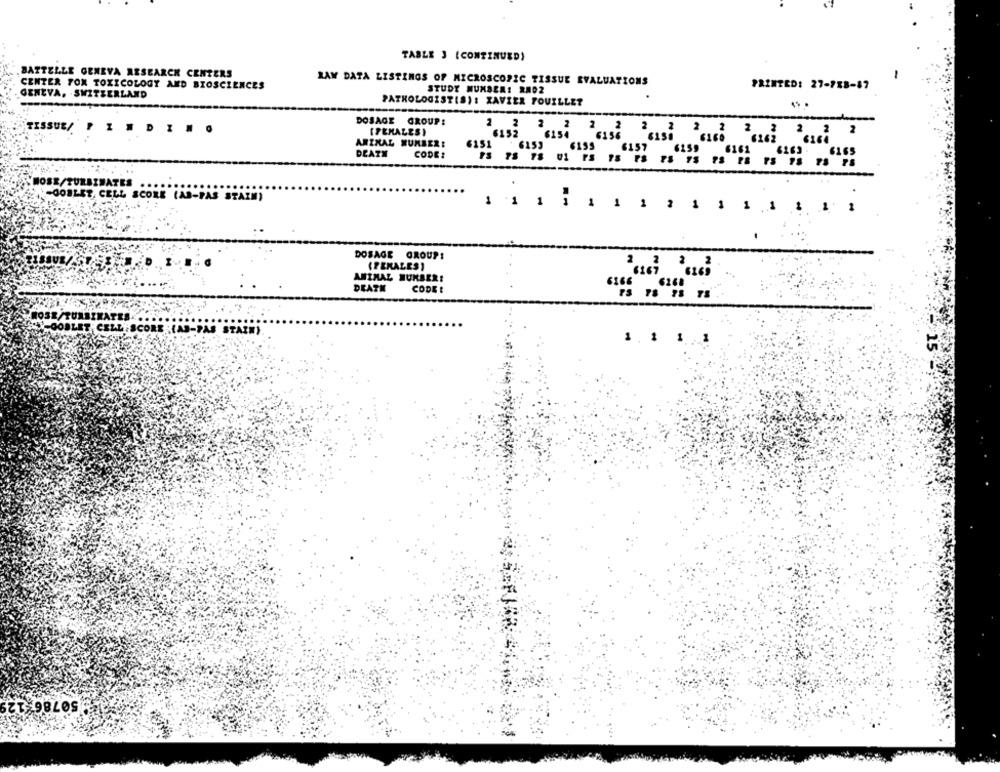
TABLE 3 (CONTINUED)
BATTELLE GENEVA RESEARCH CENTERS
CENTER TOX TOXICOLOGY AND BIOSCIENCES
RAW DATA LISTINGS OF MICROSCOPIC TISSUE EVALUATIONS
PRINTED: 27-788-87
STUDY NUMBER: RM02
GENEVA, SWITZERLAND
PATHOLOGISTIS): XAVIER FOUILLET
DOSAGE GROUP:
TISSUE/ FINDING
(FEMALES)
ARIRAL NUMBER:
615
DEATH
CODE :
6151 6153
HOSE/TURBINATES
*- GOBLET, CELL SCORE (AB-PAS STAZM)
1 1 1 1 1 1 1 2 1 1 1 1 1 1 1
DOSAGE GROUPS
(PEKALES)
ANIMAL HUKBER!
DEATH
CODE :
6166 626!
1.1 1 1
50786-129